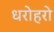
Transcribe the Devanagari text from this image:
धरोहरो